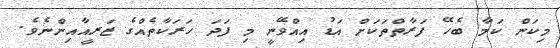
މިކަން ކަމާ ބެހޭ ފަރާތްތަކަށް އަޑު އިއްވޭނީ މި ފަދަ ހަރަކާތެއްގެ ޒަރީއާއިންނެވެ.